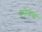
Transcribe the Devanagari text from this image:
कोलासो